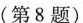
(第8题)